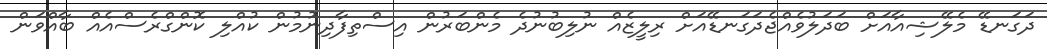
ދަގަނޑޭ މެލޭޝިއާއަށް ބަދަލުވެއްޖެދަގަނޑޭއަށް ރިލީޒެއް ނުލިބުނުދެ މެންބަރުން އިސްތިފާދިނުމުން ކުއްލި ކޮންގްރެސްއެއް ބާއްވަން